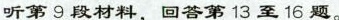
听第9段材料,回答第13 至16 题.